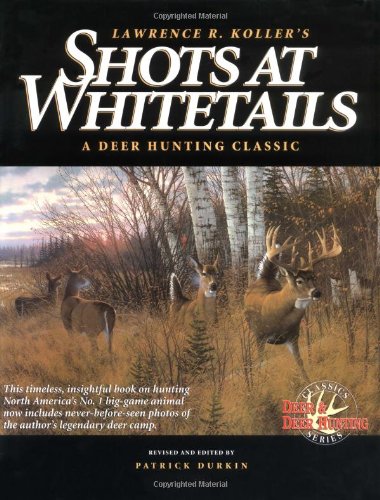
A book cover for Shots at Whitetails: A Deer Hunting Classic (Deer & Deer Hunting Magazine Classics Series); Lawrence R. Koller; Sports & Outdoors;